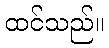
ထင်သည်။